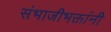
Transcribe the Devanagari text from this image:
संभाजीभक्तांनी